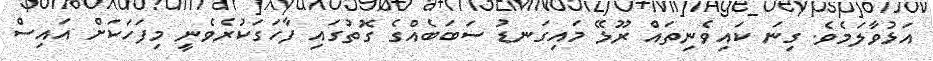
އަޅުވާލަމެވެ. ގިނަ ކައިވެނިތައް ރޫޅޭ މައިގަނޑު ސަބަބެއްގެ ގޮތުގައި ފާހަގަކުރެވެނީ މިފަހަކަށް އައިސް